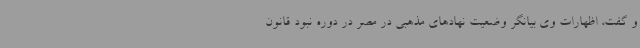
و گفت، اظهارات وی بیانگر وضعیت نهادهای مذهبی در مصر در دوره نبود قانون